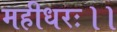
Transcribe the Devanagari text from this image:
महीधरः।।